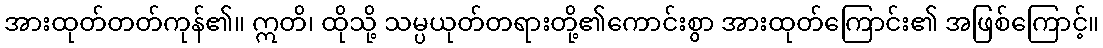
အားထုတ်တတ်ကုန်၏။ ဣတိ၊ ထိုသို့ သမ္ပယုတ်တရားတို့၏ကောင်းစွာ အားထုတ်ကြောင်း၏ အဖြစ်ကြောင့်။